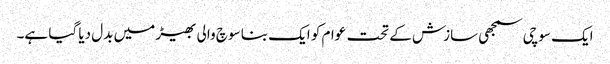
ایک سوچی سمجھی سازش کے تحت عوام کو ایک بنا سوچ والی بھیڑ میں بدل دیا گیا ہے۔